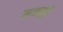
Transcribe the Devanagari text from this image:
मक्मुरे